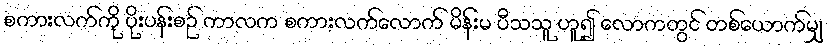
စကားလက်ကို ပိုးပန်းစဉ် ကာလက စကားလက်လောက် မိန်းမ ပီသသူ ဟူ၍ လောကတွင် တစ်ယောက်မျှ